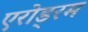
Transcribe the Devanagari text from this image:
एरोड्रम